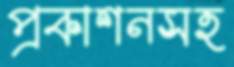
প্রকাশনসহ